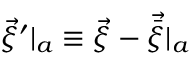
\vec { \xi } ^ { \prime } | _ { a } \equiv \vec { \xi } - \vec { \bar { \xi } } | _ { a }